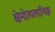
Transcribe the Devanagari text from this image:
क्षेमोत्पलाभिक्व